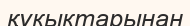
құкыктарынан